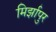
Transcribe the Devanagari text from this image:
मिर्झापुर